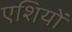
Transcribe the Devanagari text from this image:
एशियों